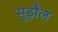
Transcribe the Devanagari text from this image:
सुड़ौल